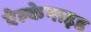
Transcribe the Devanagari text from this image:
ऐल्केनाइड